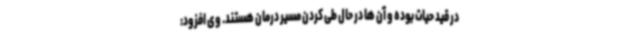
در قید حیات بوده و آن ها در حال طی کردن مسیر درمان هستند. وی افزود: